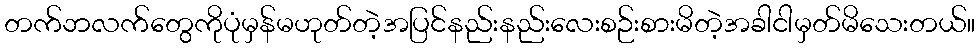
တက်ဘလက်တွေကိုပုံမှန်မဟုတ်တဲ့အပြင်နည်းနည်းလေးစဉ်းစားမိတဲ့အခါငါမှတ်မိသေးတယ်။